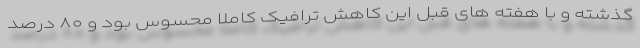
گذشته و با هفته های قبل این کاهش ترافیک کاملا محسوس بود و ۸۰ درصد